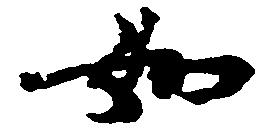
如